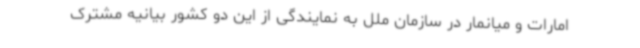
امارات و میانمار در سازمان ملل به نمایندگی از این دو کشور بیانیه مشترک